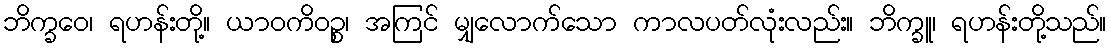
ဘိက္ခဝေ၊ ရဟန်းတို့။ ယာဝကိဝဉ္စ၊ အကြင် မျှလောက်သော ကာလပတ်လုံးလည်း။ ဘိက္ခူ၊ ရဟန်းတို့သည်။